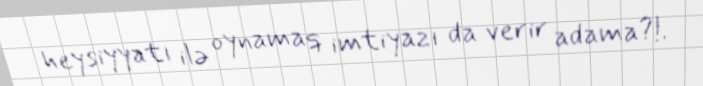
heysiyyatı ilə oynamaq imtiyazı da verir adama?!.